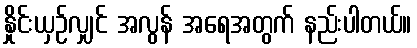
နှိုင်းယှဉ်လျှင် အလွန် အရေအတွက် နည်းပါတယ်။